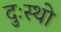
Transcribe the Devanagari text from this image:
दुःस्थो